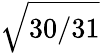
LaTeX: \sqrt{30/31}